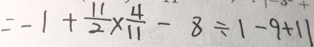
= - 1 + \frac { 1 1 } { 2 } \times \frac { 4 } { 1 1 } - 8 \div \vert - 9 + 1 \vert